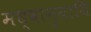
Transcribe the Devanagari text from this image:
मध्वानुयायि